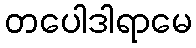
တပေါဒါရာမေ